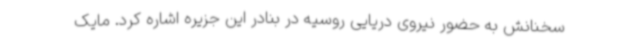
سخنانش به حضور نیروی دریایی روسیه در بنادر این جزیره اشاره کرد. مایک